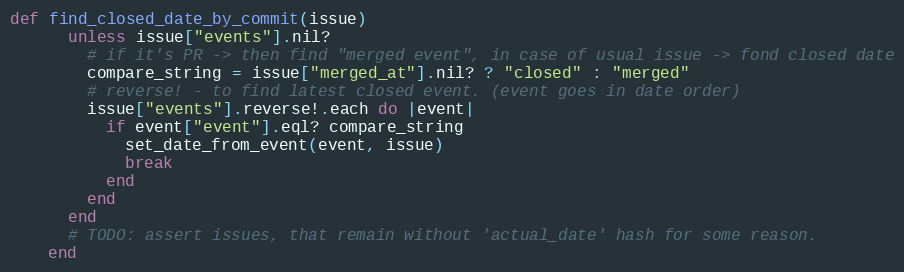
Language: Ruby
def find_closed_date_by_commit(issue)
      unless issue["events"].nil?
        # if it's PR -> then find "merged event", in case of usual issue -> fond closed date
        compare_string = issue["merged_at"].nil? ? "closed" : "merged"
        # reverse! - to find latest closed event. (event goes in date order)
        issue["events"].reverse!.each do |event|
          if event["event"].eql? compare_string
            set_date_from_event(event, issue)
            break
          end
        end
      end
      # TODO: assert issues, that remain without 'actual_date' hash for some reason.
    end